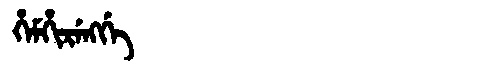
Manchu: ᡥᡝᠮᡥᡳᡵᡝᠩᡤᡝ
Romanization: HEMHIRENGGE